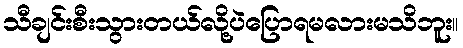
သီချင်းစီးသွားတယ်လို့ပဲပြောရမလားမသိဘူး။